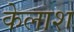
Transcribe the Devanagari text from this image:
केलाश